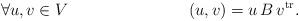
LaTeX: \begin{align*}\forall u,v\in V & &(u,v)=u\,B\,v^{{\rm tr}}. \end{align*}